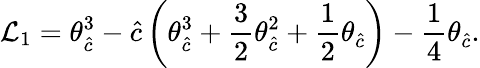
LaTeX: \mathcal{L}_{1}=\theta_{\hat{{c}}}^{3}-{\hat{{c}}}\left(\theta_{\hat{{c}}}^{3}+\frac{{3}}{{2}}\theta_{\hat{{c}}}^{2}+\frac{{1}}{{2}}\theta_{\hat{{c}}}\right)-\frac{{1}}{{4}}\theta_{\hat{{c}}}.